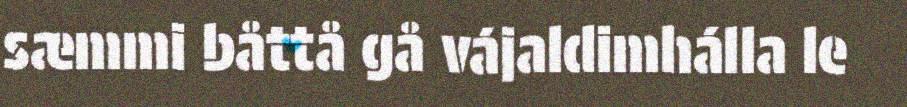
sæmmi båttå gå vájaldimhálla le